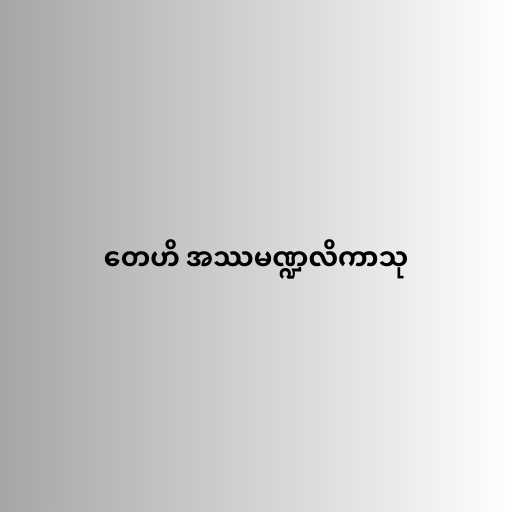
တေဟိ အဿမဏ္ဍလိကာသု